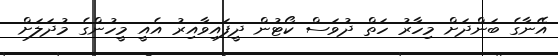
އޭނާގެ ބަންދަށް މިހާރު ހަތް ދުވަސް ކޯޓުން ދީފައިވާއިރު އެއީ މީހުންގެ މުދަލަށް